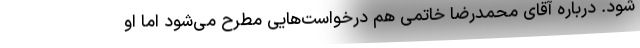
شود. درباره آقای محمدرضا خاتمی هم درخواست‌هایی مطرح می‌شود اما او